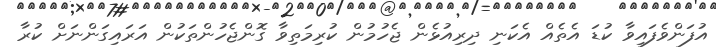
އުފަންވެފައިވާ ކުޑަ އެތެއް އެކަނި ދިރިއުޅެން ޖެހުމުން ކުރިމަތިވާ ގޮންޖެހުންތަކުން އަރައިގަންނަށް ކުރާ